Medical and sanitary report on the native army of Bombay for the year
Year: 1878
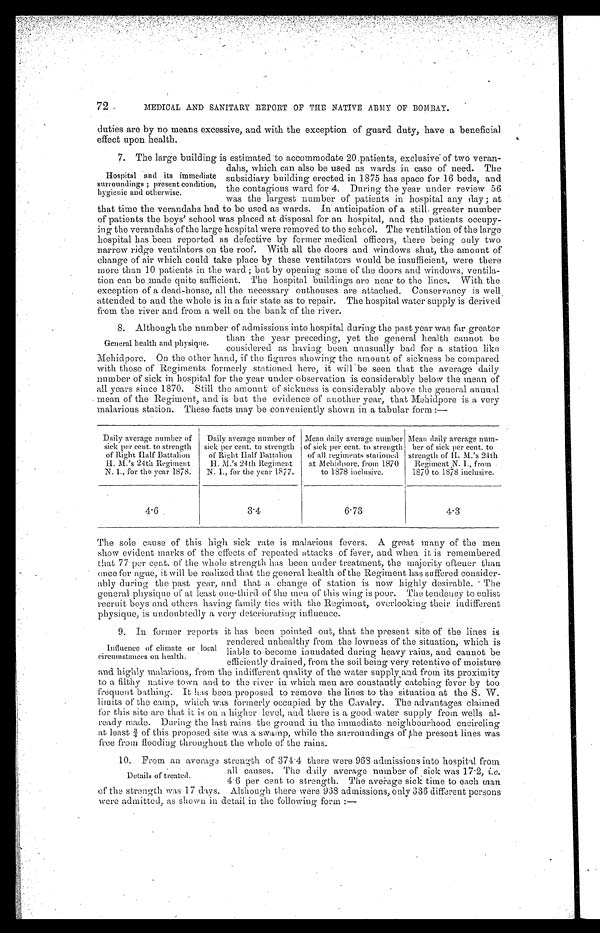
72
MEDICAL AND SANITARY REPORT OF THE NATIVE ARMY OF BOMBAY.
duties are by no means excessive, and with the exception of guard duty, have a beneficial
effect upon health.
7. The large building is estimated to accommodate 20 patients, exclusive' of two veran-
dahs, which can also be used as wards in case of need. The
subsidiary building erected in 1875 has space for 16 beds, and
the contagious ward for 4. During the year under review 56
was the largest number of patients in hospital any day ; at
that time the verandahs had to be used as wards. In anticipation of a still greater number
of patients the boys’ school was placed at disposal for an hospital, and the patients occupy-
ing the verandahs of the large hospital were removed to the school. The ventilation of the large
hospital has been reported as defective by former medical officers, there being only two
narrow ridge ventilators on the roof. With all the doors and windows shut, the amount of
change of air which could take place by these ventilators would be insufficient, were there
more than 10 patients in the ward ; but by opening some of the doors and windows, ventila-
tion can be made quite sufficient. The hospital buildings are near to the lines. With the
exception of a dead-house, all the necessary outhouses are attached. Conservancy is well,
attended to and the whole is in a fair state as to repair. The hospital water supply is derived
from the river and from a well on the bank of the river.
8.
p
i t a l d u r i n
g
t h e
g
p ast year w0as fargreater
than the year preceding, yet the general health cannot be
considered as having been unusually bad for a station like
Mehidpore. On the other hand, if the figures showing the amount of sickness be compared
with those of Regiments formerly stationed here, it will be seen that the average daily
number of sick in hospital for the year under observation is considerably below the mean of
all years since 1870. Still the amount of sickne s s is considerably above the general annual
mean of the Regiment, and is but the evidence of another year, that Mehidpore is a very
malarious station. These facts may be conveniently shown in a tabular form :—
Daily average number of
sick per cent. to strength
of Right Half Battalion
H. M.’s 24th Regiment
N. I., for the year 1878.
Daily average number of
sick per cent. to strength
of Right Half Battalion
H. M.’s 24th Regiment
N. I., for the year 1877.
Mean daily average number
of sick per cent. to strength
of all regiments stationed
at Mehidpore, from 1870
to 1878 inclusive.
Mean daily average num-
her of sick per cent. to
strength of H . M.’s 24th
Regiment ,N. I., from
1870 to 1878 inclusive.
4.6
3.4
6.73
4.3
The sole cause of this high sick rate is malarious fevers. A great many of the men
show evident marks of the effects of repeated attacks of fever, and when it is remembered
that 77 per cent. of the whole strength has been under treatment, the majority oftener than
once for ague, it will be realized that the general health of the Regiment has suffered consider-
ably during the past year, and that a change of station is now highly desirable. The
general physique of at least one-third of the men of this wing is poor. The tendency to enlist
recruit boys and others having family ties with the Regiment, overlooking their indifferent
physique, is undoubtedly a very deteriorating influence.
9. In former reports it has been pointed out, that the present site of the lines is
rendered unhealthy from the lowness of the situation, which is
liable to become inundated during heavy rains, and cannot be
efficiently drained, from the soil being very retentive of moisture
and highly malarious, from the indifferent quality of the water supply and from its proximity
to a filthy native town and to the river in which men are constantly catching fever by too
frequent bathing. It has been proposed to remove the lines to the situation at the S. W.
limits of the camp, which was formerly occupied by the Cavalry. The advantages claimed
for this site are that it is on a higher level, and there is a good water supply from wells al-
ready made. During the last rains the ground in the immediate neighbourhood encircling
a t l e a s t ¾ o f t h i s p r o p o s e d s i t e w a s a s w a m p , w h i l e t h e s u r r o u n d i n g s o f ţ h e p r e s e n t l i n e s w a s
free from flooding throughout the whole of the rains.
10. From an average strength of 374.4 there were 968 admissions into hospital from
all causes. The daily average number of sick was 17.2, i.e.
4.6 per cent to strength. The average sick time to each man
of the strength was 17 days. Although there were 968 admissions, only 336 different persons
were admitted, as shown in detail in the following form :—
Hospital and its immediate
surroundings ; present condition,
hygienic and otherwise.
General health and physique.
Influence of climate or local
circumstances on health.
Details of treated.